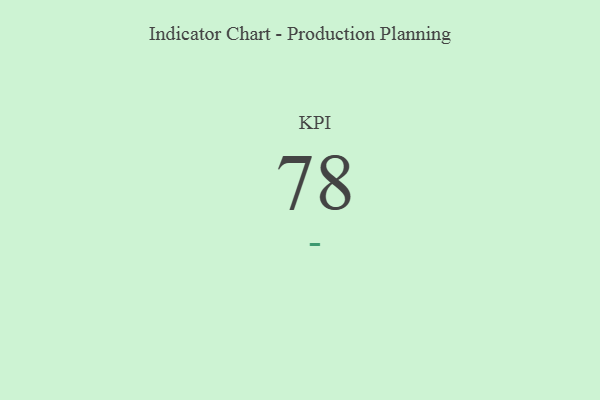
{"axis": {"x": "KPI", "y": "Value"}, "legend": [""], "data": [{"x": "KPI", "y": 78, "type": ""}]}